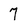
Character: 7